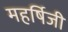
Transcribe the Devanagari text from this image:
महर्षिजी